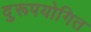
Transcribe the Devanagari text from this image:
दुरूपयोगित